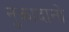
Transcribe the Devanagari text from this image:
नुकादानो